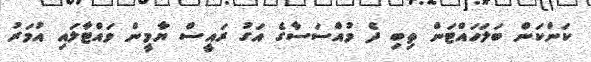
ކަންކަން ބަލަހައްޓަން ތިބި ދެ މުއްސަސާގެ އަގު ރައީސް ޔާމީން ވައްޓާލައި އުމަރު